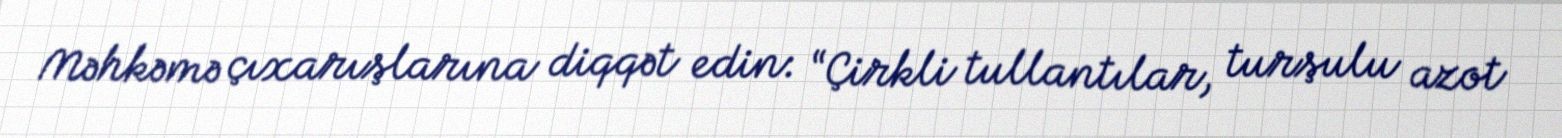
Məhkəmə çıxarışlarına diqqət edin: “Çirkli tullantılar, turşulu azot